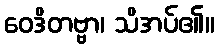
ဝေဒိတဗ္ဗာ၊ သိအပ်၏။